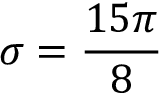
\sigma = \frac { 1 5 \pi } { 8 }